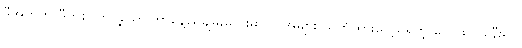
ဒီအတွက် ဒီတစ်ပတ်ရဲ့သောကြာနေ့ညချမ်းလေးမှာ လူအများ သတိထားလေ့မရှိတဲ့ လေဖြတ်ခါနီးရင်